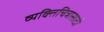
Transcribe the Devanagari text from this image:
व्यक्तिचित्रासाठी